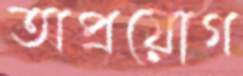
অপ্রয়োগ